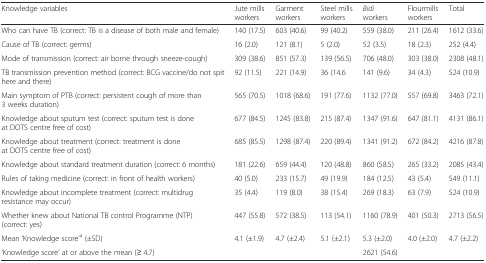
<table><thead><tr><td><b>Knowledge variables</b></td><td><b>Jute mills workers</b></td><td><b>Garment workers</b></td><td><b>Steel mills workers</b></td><td><b><i>Bidi</i> workers</b></td><td><b>Flourmills workers</b></td><td><b>Total</b></td></tr></thead><tbody><tr><td>Who can have TB (correct: TB is a disease of both male and female)</td><td>140 (17.5)</td><td>603 (40.6)</td><td>99 (40.2)</td><td>559 (38.0)</td><td>211 (26.4)</td><td>1612 (33.6)</td></tr><tr><td>Cause of TB (correct: germs)</td><td>16 (2.0)</td><td>121 (8.1)</td><td>5 (2.0)</td><td>52 (3.5)</td><td>18 (2.3)</td><td>252 (4.4)</td></tr><tr><td>Mode of transmission (correct: air borne through sneeze-cough)</td><td>309 (38.6)</td><td>851 (57.3)</td><td>139 (56.5)</td><td>706 (48.0)</td><td>303 (38.0)</td><td>2308 (48.1)</td></tr><tr><td>TB transmission prevention method (correct: BCG vaccine/do not spit here and there)</td><td>92 (11.5)</td><td>221 (14.9)</td><td>36 (14.6</td><td>141 (9.6)</td><td>34 (4.3)</td><td>524 (10.9)</td></tr><tr><td>Main symptom of PTB (correct: persistent cough of more than 3 weeks duration)</td><td>565 (70.5)</td><td>1018 (68.6)</td><td>191 (77.6)</td><td>1132 (77.0)</td><td>557 (69.8)</td><td>3463 (72.1)</td></tr><tr><td>Knowledge about sputum test (correct: sputum test is done at DOTS centre free of cost)</td><td>677 (84.5)</td><td>1245 (83.8)</td><td>215 (87.4)</td><td>1347 (91.6)</td><td>647 (81.1)</td><td>4131 (86.1)</td></tr><tr><td>Knowledge about treatment (correct: treatment is done at DOTS centre free of cost)</td><td>685 (85.5)</td><td>1298 (87.4)</td><td>220 (89.4)</td><td>1341 (91.2)</td><td>672 (84.2)</td><td>4216 (87.8)</td></tr><tr><td>Knowledge about standard treatment duration (correct: 6 months)</td><td>181 (22.6)</td><td>659 (44.4)</td><td>120 (48.8)</td><td>860 (58.5)</td><td>265 (33.2)</td><td>2085 (43.4)</td></tr><tr><td>Rules of taking medicine (correct: in front of health workers)</td><td>40 (5.0)</td><td>233 (15.7)</td><td>49 (19.9)</td><td>184 (12.5)</td><td>43 (5.4)</td><td>549 (11.1)</td></tr><tr><td>Knowledge about incomplete treatment (correct: multidrug resistance may occur)</td><td>35 (4.4)</td><td>119 (8.0)</td><td>38 (15.4)</td><td>269 (18.3)</td><td>63 (7.9)</td><td>524 (10.9)</td></tr><tr><td>Whether knew about National TB control Programme (NTP) (correct: yes)</td><td>447 (55.8)</td><td>572 (38.5)</td><td>113 (54.1)</td><td>1160 (78.9)</td><td>401 (50.3)</td><td>2713 (56.5)</td></tr><tr><td>Mean ‘Knowledge score’<sup>a</sup> (±SD)</td><td>4.1 (±1.9)</td><td>4.7 (±2.4)</td><td>5.1 (±2.1)</td><td>5.3 (±2.0)</td><td>4.0 (±2.0)</td><td>4.7 (±2.2)</td></tr><tr><td colspan="4">‘Knowledge score’ at or above the mean (≥ 4.7)</td><td colspan="3">2621 (54.6)</td></tr></tbody></table>